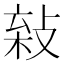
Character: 𢽫